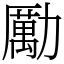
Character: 勵